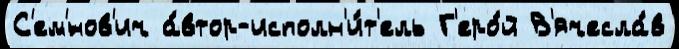
С'ем'́нов'ич а́втор-исполн'и́т'ель Г'еро́й В'ячесла́в